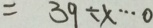
= 3 9 \div x \cdots 0